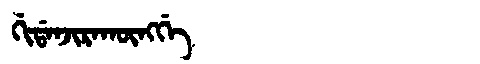
Manchu: ᡤᡳᡩᠠᠨᠵᡳᡵᠠᡴᡡᠩᡤᡝ
Romanization: GIDANJIRAKŪNGGE